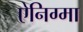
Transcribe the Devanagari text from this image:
ऐनिग्मा